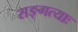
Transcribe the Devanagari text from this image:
सङ्गत्याः